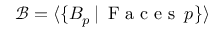
\mathcal { B } = \langle \{ B _ { p } \, | \, \mathrm { ~ F ~ a ~ c ~ e ~ s ~ } \, p \} \rangle